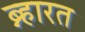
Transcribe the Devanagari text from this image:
ब्न्हारत